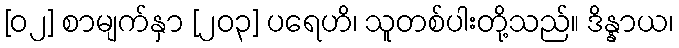
[၀၂] စာမျက်နှာ [၂၀၃] ပရေဟိ၊ သူတစ်ပါးတို့သည်။ ဒိန္နာယ၊